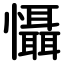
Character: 懾